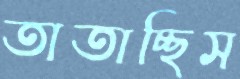
তাতাচ্ছিস